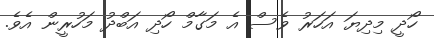
ހޯދީ މިދިޔަ އަހަރު ވެސް އެ މަގާމް ހޯދި އަބްދު މަހުރީން އެވެ.